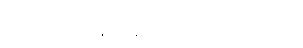
ဆိုးကြိတ်ကန်ကျောက်ကြလေတော့၏။